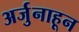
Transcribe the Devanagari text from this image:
अर्जुनाहून